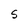
Character: S